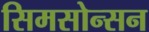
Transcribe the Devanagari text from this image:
सिमसोन्सन